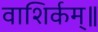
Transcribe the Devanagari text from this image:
वाशिर्कम्॥